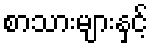
စာသားများနှင့်